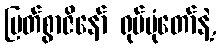
မြတ်စွာဇိနော် ရုပ်ပုံတော်နဲ့,